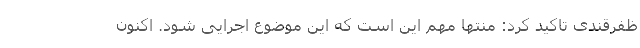
ظفرقندی تاکید کرد: منتها مهم این است که این موضوع اجرایی شود. اکنون